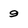
Character: 9